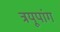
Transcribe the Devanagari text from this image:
त्रयूपांग